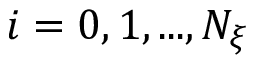
i = 0 , 1 , . . . , N _ { \xi }